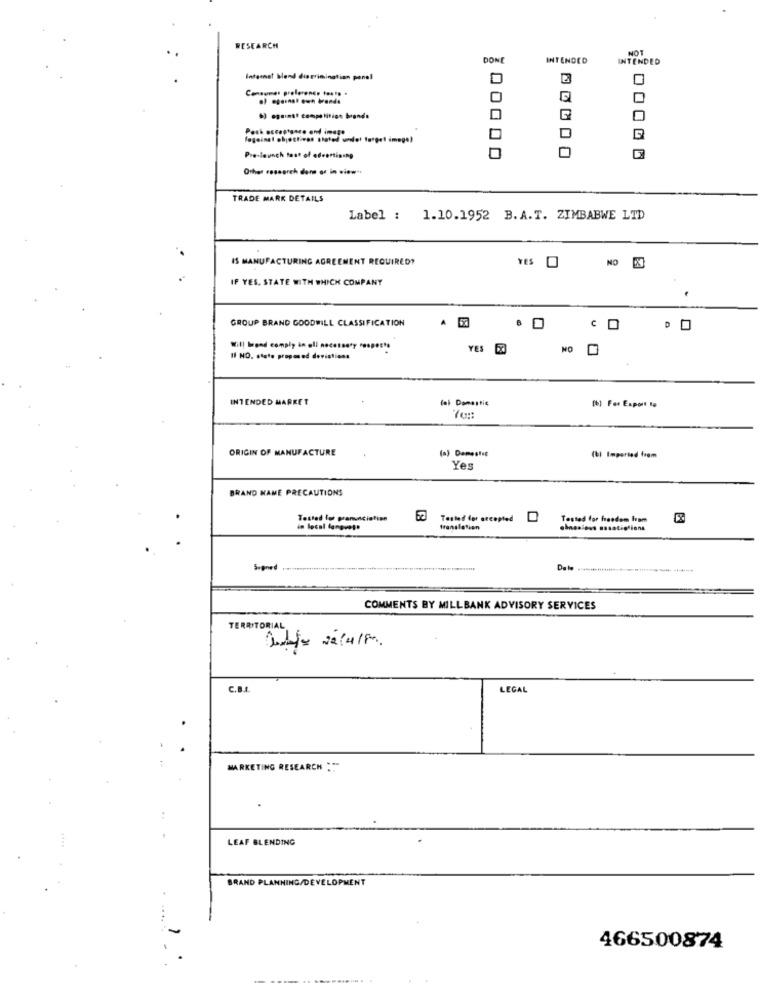
RESEARCH
NOT
DONE
INTENDED
INTENDED
Internet blend discrimination panel
Consumes prolerenes tosto .
6) against competition brand.
Pre-launch fast of advertising
Other research dans or in view".
TRADE MARK DETAILS
Label : 1.10.1952 B. A.T. ZIMBABWE LTD
IS MANUFACTURING AGREEMENT REQUIRED?
YES O
NO
IF YES. STATE WITH WHICH COMPANY
GROUP BRAND GOODWILL CLASSIFICATION
Will brand comply in all necessary respe
YES FO
Il HO. state proposed deviations
INTENDED MARKET
(ei Domestic
[b) For Export to
ORIGIN OF MANUFACTURE
(a) Damestes
(b) Imported from
Yes
BRAND NAME PRECAUTIONS
Tested for pronunciation
Tested for accepted
Tested for heedem lam
in local langvete
translation
Signed
COMMENTS BY MILLBANK ADVISORY SERVICES
TERRITORIAL
C.B.I.
LEGAL
:
MARKETING RESEARCH :
LEAF BLENDING
BRAND PLANNING/DEVELOPMENT
466500874